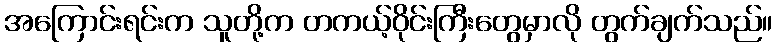
အကြောင်းရင်းက သူတို့က တကယ့်ဝိုင်းကြီးတွေမှာလို တွက်ချက်သည်။